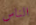
الناس